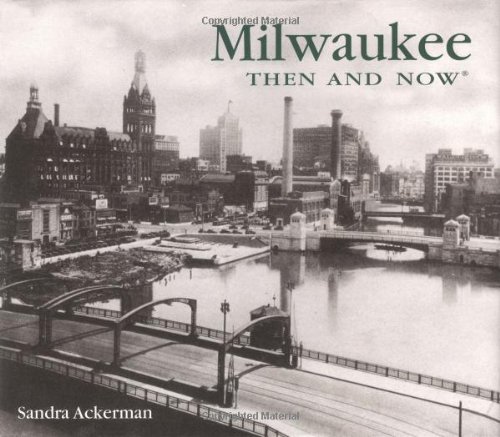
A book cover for Milwaukee Then and Now; Sandra Ackerman; Travel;